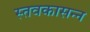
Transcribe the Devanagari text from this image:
स्तवकासन्न